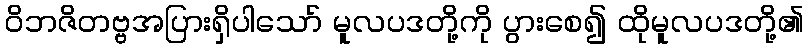
ဝိဘဇိတဗ္ဗအပြားရှိပါသော် မူလပဒတို့ကို ပွားစေ၍ ထိုမူလပဒတို့၏